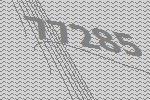
77285